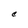
Character: C